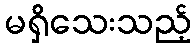
မရှိသေးသည့်